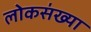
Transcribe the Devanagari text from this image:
लोकस॑ख्या